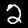
Label: 2